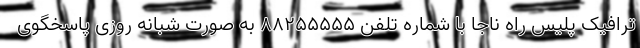
ترافیک پلیس راه ناجا با شماره تلفن ۸۸۲۵۵۵۵۵ به صورت شبانه روزی پاسخگوی